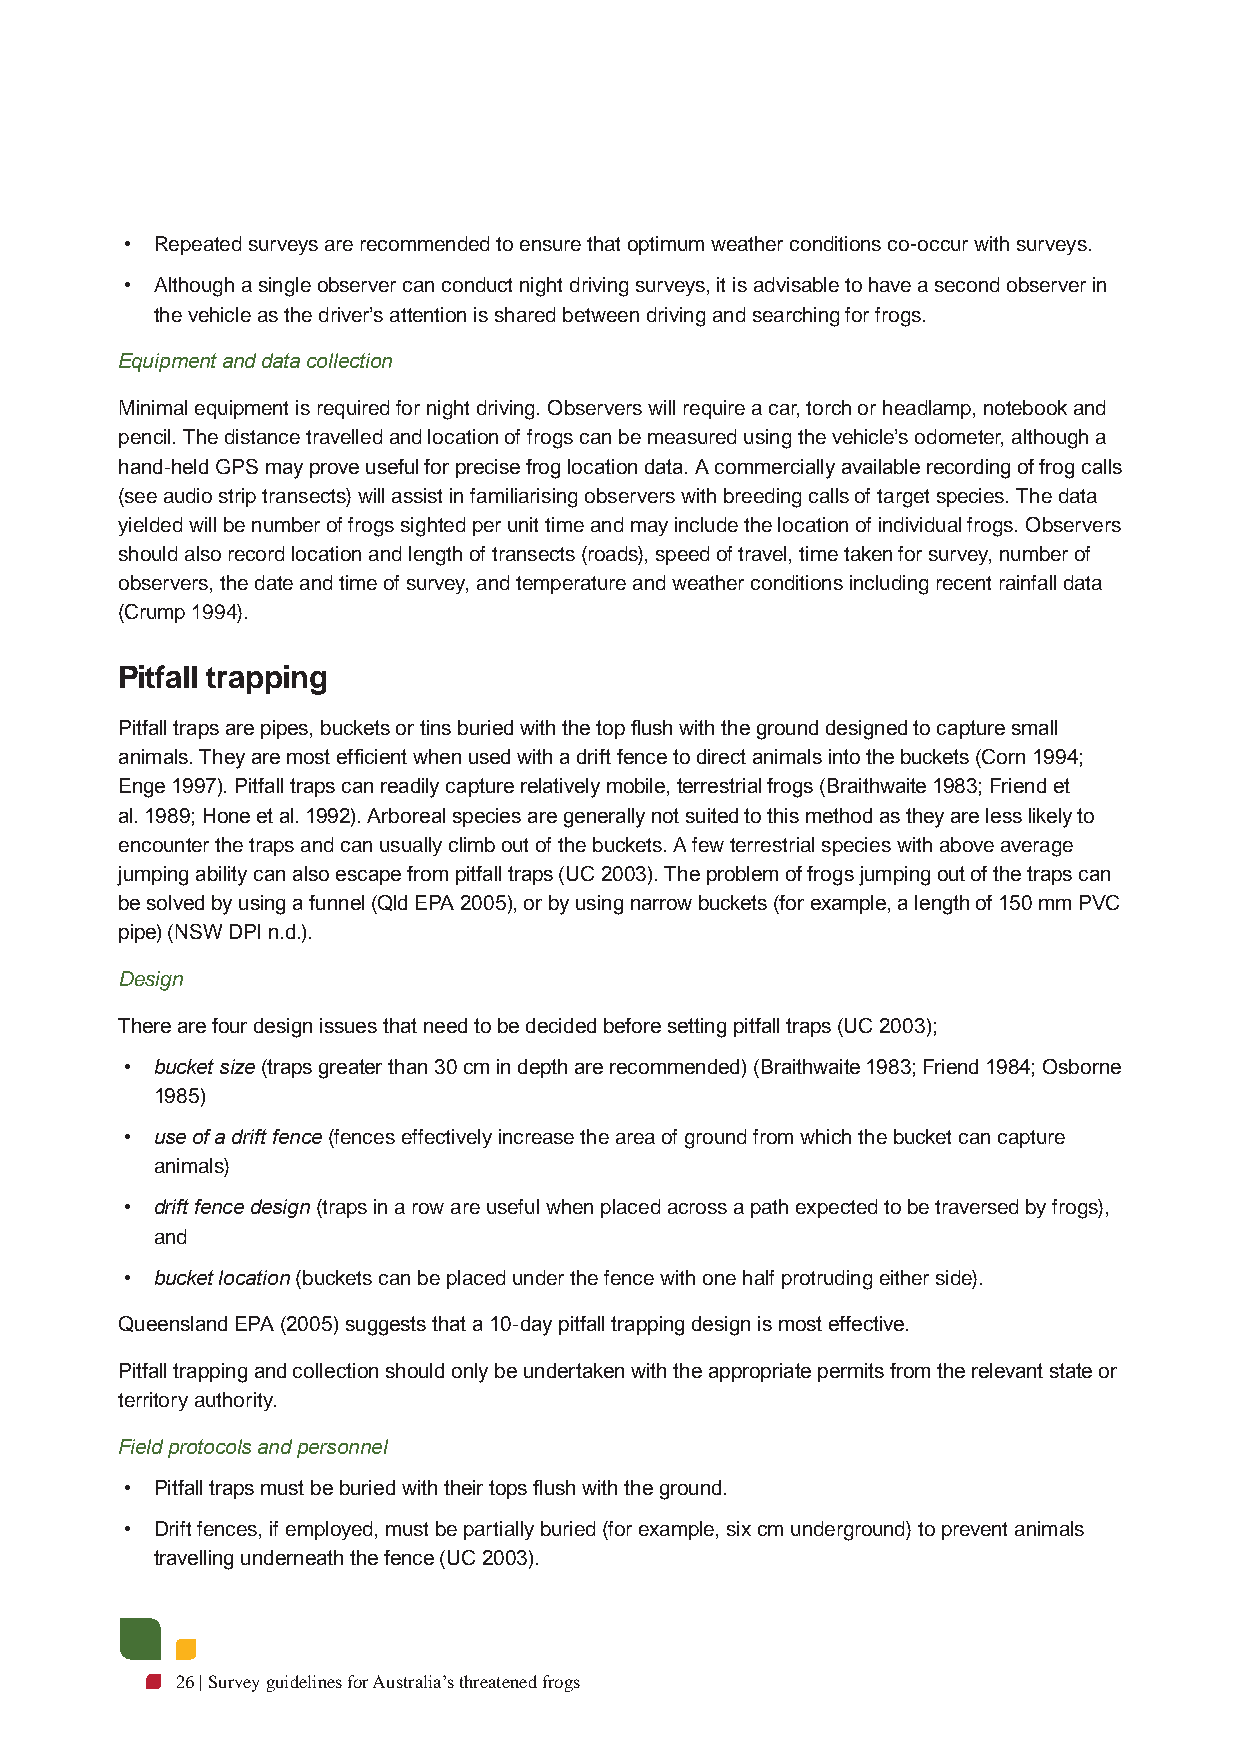
• Repeated surveys are recommended to ensure that optimum weather conditions co-occur with surveys.
 • Although a single observer can conduct night driving surveys, it is advisable to have a second observer in
 the vehicle as the driver’s attention is shared between driving and searching for frogs.
 Equipment and data collection
 Minimal equipment is required for night driving. Observers will require a car, torch or headlamp, notebook and
 pencil. The distance travelled and location of frogs can be measured using the vehicle’s odometer, although a
 hand-held GPS may prove useful for precise frog location data. A commercially available recording of frog calls
 (see audio strip transects) will assist in familiarising observers with breeding calls of target species. The data
 yielded will be number of frogs sighted per unit time and may include the location of individual frogs. Observers
 should also record location and length of transects (roads), speed of travel, time taken for survey, number of
 observers, the date and time of survey, and temperature and weather conditions including recent rainfall data
 (Crump 1994).
 Pitfall trapping
 Pitfall traps are pipes, buckets or tins buried with the top flush with the ground designed to capture small
 animals. They are most efficient when used with a drift fence to direct animals into the buckets (Corn 1994;
 Enge 1997). Pitfall traps can readily capture relatively mobile, terrestrial frogs (Braithwaite 1983; Friend et
 al. 1989; Hone et al. 1992). Arboreal species are generally not suited to this method as they are less likely to
 encounter the traps and can usually climb out of the buckets. A few terrestrial species with above average
 jumping ability can also escape from pitfall traps (UC 2003). The problem of frogs jumping out of the traps can
 be solved by using a funnel (Qld EPA 2005), or by using narrow buckets (for example, a length of 150 mm PVC
 pipe) (NSW DPI n.d.).
 Design
 There are four design issues that need to be decided before setting pitfall traps (UC 2003);
 • bucket size (traps greater than 30 cm in depth are recommended) (Braithwaite 1983; Friend 1984; Osborne
 1985)
 • use of a drift fence (fences effectively increase the area of ground from which the bucket can capture
 animals)
 • drift fence design (traps in a row are useful when placed across a path expected to be traversed by frogs),
 and
 • bucket location (buckets can be placed under the fence with one half protruding either side).
 Queensland EPA (2005) suggests that a 10-day pitfall trapping design is most effective.
 Pitfall trapping and collection should only be undertaken with the appropriate permits from the relevant state or
 territory authority.
 Field protocols and personnel
 • Pitfall traps must be buried with their tops flush with the ground.
 • Drift fences, if employed, must be partially buried (for example, six cm underground) to prevent animals
 travelling underneath the fence (UC 2003).
 26 | Survey guidelines for Australia’s threatened frogs